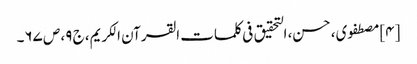
[۴] مصطفوی، حسن، التحقیق فی کلمات القرآن الکریم، ج ۹، ص ۶۷۔